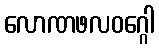
လောဏဖလဝဂ္ဂေါ